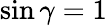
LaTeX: \sin\gamma=1